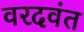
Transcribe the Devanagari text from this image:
वरदवंत